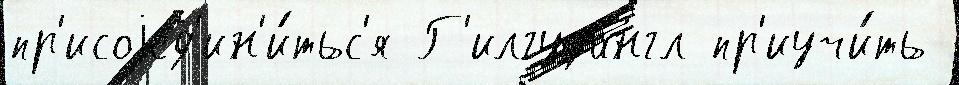
пр'исоjед'ин'и́тьс'я Г'илгудангл пр'иучи́ть